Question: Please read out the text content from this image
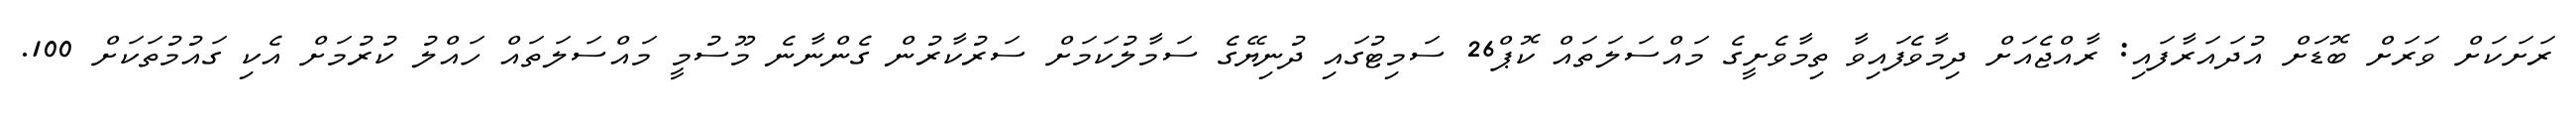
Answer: ރަށަކަށް ވަރަށް ބޮޑަށް އުދައަރާފައި: ރާއްޖެއަށް ދިމާވެފައިވާ ތިމާވެށީގެ މައްސަލަތައް ކޮޕް26 ސަމިޓުގައި ދުނިޔޭގެ ސަމާލުކަމަށް ސަރުކާރުން ގެންނާނެ މޫސުމީ މައްސަލަތައް ހައްލު ކުރުމަށް އެކި ގައުމުތަކަށް 100.